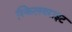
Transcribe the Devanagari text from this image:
स्किलयराइट